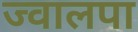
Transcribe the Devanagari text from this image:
ज्वालपा